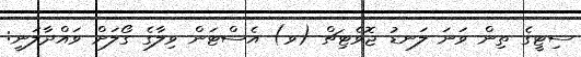
ސިޓީގެ ތިން ވަނަ ލަނޑު ޖޮވެޓިޗް (ވ) އެސްޓަން ވިލާގެ ގޯލަށް ވައްދާލަނީ: